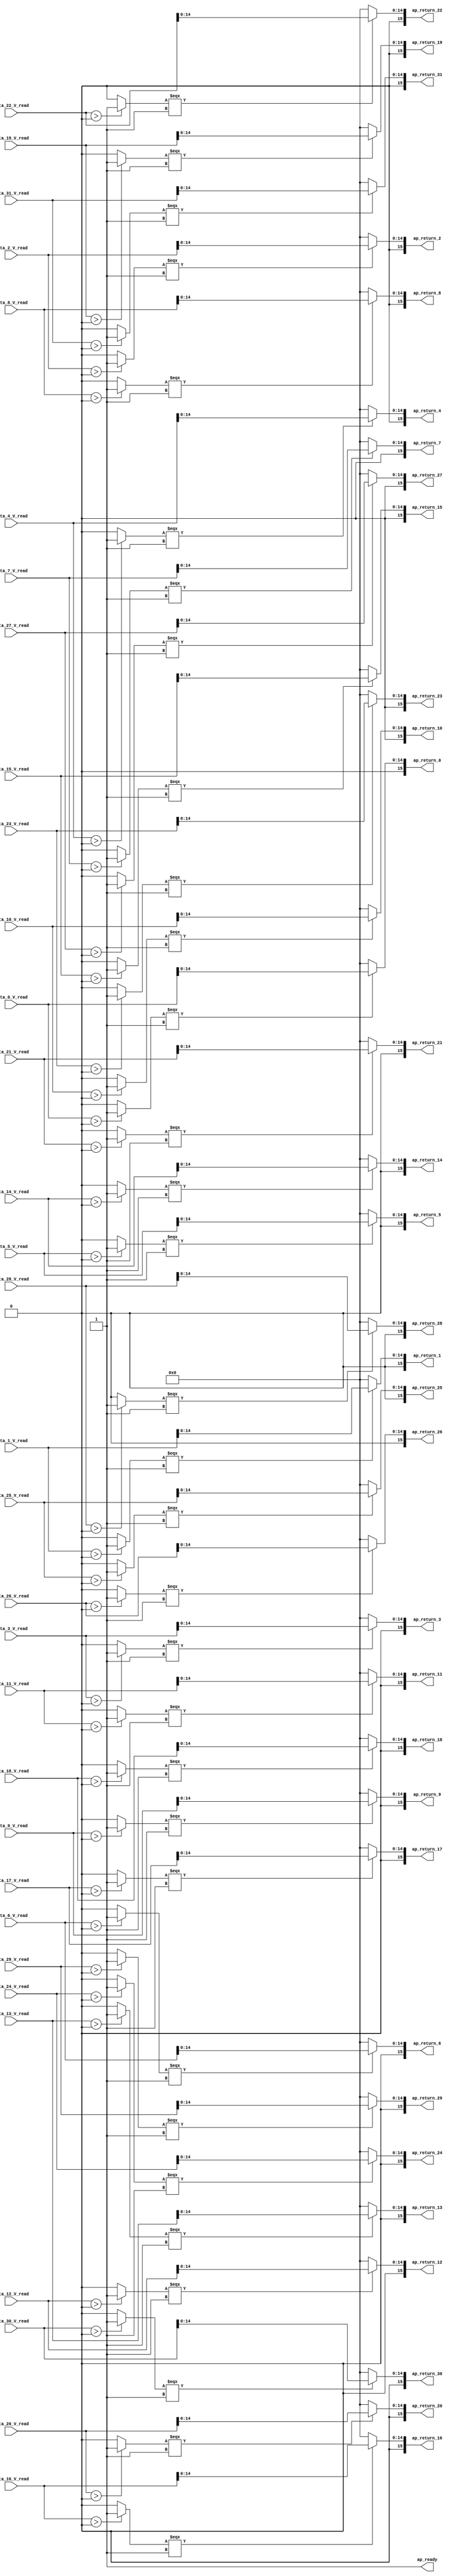
// ==============================================================
// RTL generated by Vivado(TM) HLS - High-Level Synthesis from C, C++ and OpenCL
// Version: 2019.2
// Copyright (C) 1986-2019 Xilinx, Inc. All Rights Reserved.
// 
// ===========================================================

`timescale 1 ns / 1 ps 

module relu_ap_fixed_ap_fixed_16_6_5_3_0_relu_config10_s (
        ap_ready,
        data_0_V_read,
        data_1_V_read,
        data_2_V_read,
        data_3_V_read,
        data_4_V_read,
        data_5_V_read,
        data_6_V_read,
        data_7_V_read,
        data_8_V_read,
        data_9_V_read,
        data_10_V_read,
        data_11_V_read,
        data_12_V_read,
        data_13_V_read,
        data_14_V_read,
        data_15_V_read,
        data_16_V_read,
        data_17_V_read,
        data_18_V_read,
        data_19_V_read,
        data_20_V_read,
        data_21_V_read,
        data_22_V_read,
        data_23_V_read,
        data_24_V_read,
        data_25_V_read,
        data_26_V_read,
        data_27_V_read,
        data_28_V_read,
        data_29_V_read,
        data_30_V_read,
        data_31_V_read,
        ap_return_0,
        ap_return_1,
        ap_return_2,
        ap_return_3,
        ap_return_4,
        ap_return_5,
        ap_return_6,
        ap_return_7,
        ap_return_8,
        ap_return_9,
        ap_return_10,
        ap_return_11,
        ap_return_12,
        ap_return_13,
        ap_return_14,
        ap_return_15,
        ap_return_16,
        ap_return_17,
        ap_return_18,
        ap_return_19,
        ap_return_20,
        ap_return_21,
        ap_return_22,
        ap_return_23,
        ap_return_24,
        ap_return_25,
        ap_return_26,
        ap_return_27,
        ap_return_28,
        ap_return_29,
        ap_return_30,
        ap_return_31
);


output   ap_ready;
input  [15:0] data_0_V_read;
input  [15:0] data_1_V_read;
input  [15:0] data_2_V_read;
input  [15:0] data_3_V_read;
input  [15:0] data_4_V_read;
input  [15:0] data_5_V_read;
input  [15:0] data_6_V_read;
input  [15:0] data_7_V_read;
input  [15:0] data_8_V_read;
input  [15:0] data_9_V_read;
input  [15:0] data_10_V_read;
input  [15:0] data_11_V_read;
input  [15:0] data_12_V_read;
input  [15:0] data_13_V_read;
input  [15:0] data_14_V_read;
input  [15:0] data_15_V_read;
input  [15:0] data_16_V_read;
input  [15:0] data_17_V_read;
input  [15:0] data_18_V_read;
input  [15:0] data_19_V_read;
input  [15:0] data_20_V_read;
input  [15:0] data_21_V_read;
input  [15:0] data_22_V_read;
input  [15:0] data_23_V_read;
input  [15:0] data_24_V_read;
input  [15:0] data_25_V_read;
input  [15:0] data_26_V_read;
input  [15:0] data_27_V_read;
input  [15:0] data_28_V_read;
input  [15:0] data_29_V_read;
input  [15:0] data_30_V_read;
input  [15:0] data_31_V_read;
output  [15:0] ap_return_0;
output  [15:0] ap_return_1;
output  [15:0] ap_return_2;
output  [15:0] ap_return_3;
output  [15:0] ap_return_4;
output  [15:0] ap_return_5;
output  [15:0] ap_return_6;
output  [15:0] ap_return_7;
output  [15:0] ap_return_8;
output  [15:0] ap_return_9;
output  [15:0] ap_return_10;
output  [15:0] ap_return_11;
output  [15:0] ap_return_12;
output  [15:0] ap_return_13;
output  [15:0] ap_return_14;
output  [15:0] ap_return_15;
output  [15:0] ap_return_16;
output  [15:0] ap_return_17;
output  [15:0] ap_return_18;
output  [15:0] ap_return_19;
output  [15:0] ap_return_20;
output  [15:0] ap_return_21;
output  [15:0] ap_return_22;
output  [15:0] ap_return_23;
output  [15:0] ap_return_24;
output  [15:0] ap_return_25;
output  [15:0] ap_return_26;
output  [15:0] ap_return_27;
output  [15:0] ap_return_28;
output  [15:0] ap_return_29;
output  [15:0] ap_return_30;
output  [15:0] ap_return_31;

wire   [0:0] icmp_ln1494_fu_280_p2;
wire   [14:0] trunc_ln81_fu_286_p1;
wire   [14:0] select_ln81_fu_290_p3;
wire   [0:0] icmp_ln1494_1_fu_302_p2;
wire   [14:0] trunc_ln81_95_fu_308_p1;
wire   [14:0] select_ln81_95_fu_312_p3;
wire   [0:0] icmp_ln1494_2_fu_324_p2;
wire   [14:0] trunc_ln81_96_fu_330_p1;
wire   [14:0] select_ln81_96_fu_334_p3;
wire   [0:0] icmp_ln1494_3_fu_346_p2;
wire   [14:0] trunc_ln81_97_fu_352_p1;
wire   [14:0] select_ln81_97_fu_356_p3;
wire   [0:0] icmp_ln1494_4_fu_368_p2;
wire   [14:0] trunc_ln81_98_fu_374_p1;
wire   [14:0] select_ln81_98_fu_378_p3;
wire   [0:0] icmp_ln1494_5_fu_390_p2;
wire   [14:0] trunc_ln81_99_fu_396_p1;
wire   [14:0] select_ln81_99_fu_400_p3;
wire   [0:0] icmp_ln1494_6_fu_412_p2;
wire   [14:0] trunc_ln81_100_fu_418_p1;
wire   [14:0] select_ln81_100_fu_422_p3;
wire   [0:0] icmp_ln1494_7_fu_434_p2;
wire   [14:0] trunc_ln81_101_fu_440_p1;
wire   [14:0] select_ln81_101_fu_444_p3;
wire   [0:0] icmp_ln1494_8_fu_456_p2;
wire   [14:0] trunc_ln81_102_fu_462_p1;
wire   [14:0] select_ln81_102_fu_466_p3;
wire   [0:0] icmp_ln1494_9_fu_478_p2;
wire   [14:0] trunc_ln81_103_fu_484_p1;
wire   [14:0] select_ln81_103_fu_488_p3;
wire   [0:0] icmp_ln1494_10_fu_500_p2;
wire   [14:0] trunc_ln81_104_fu_506_p1;
wire   [14:0] select_ln81_104_fu_510_p3;
wire   [0:0] icmp_ln1494_11_fu_522_p2;
wire   [14:0] trunc_ln81_105_fu_528_p1;
wire   [14:0] select_ln81_105_fu_532_p3;
wire   [0:0] icmp_ln1494_12_fu_544_p2;
wire   [14:0] trunc_ln81_106_fu_550_p1;
wire   [14:0] select_ln81_106_fu_554_p3;
wire   [0:0] icmp_ln1494_13_fu_566_p2;
wire   [14:0] trunc_ln81_107_fu_572_p1;
wire   [14:0] select_ln81_107_fu_576_p3;
wire   [0:0] icmp_ln1494_14_fu_588_p2;
wire   [14:0] trunc_ln81_108_fu_594_p1;
wire   [14:0] select_ln81_108_fu_598_p3;
wire   [0:0] icmp_ln1494_15_fu_610_p2;
wire   [14:0] trunc_ln81_109_fu_616_p1;
wire   [14:0] select_ln81_109_fu_620_p3;
wire   [0:0] icmp_ln1494_16_fu_632_p2;
wire   [14:0] trunc_ln81_110_fu_638_p1;
wire   [14:0] select_ln81_110_fu_642_p3;
wire   [0:0] icmp_ln1494_17_fu_654_p2;
wire   [14:0] trunc_ln81_111_fu_660_p1;
wire   [14:0] select_ln81_111_fu_664_p3;
wire   [0:0] icmp_ln1494_18_fu_676_p2;
wire   [14:0] trunc_ln81_112_fu_682_p1;
wire   [14:0] select_ln81_112_fu_686_p3;
wire   [0:0] icmp_ln1494_19_fu_698_p2;
wire   [14:0] trunc_ln81_113_fu_704_p1;
wire   [14:0] select_ln81_113_fu_708_p3;
wire   [0:0] icmp_ln1494_20_fu_720_p2;
wire   [14:0] trunc_ln81_114_fu_726_p1;
wire   [14:0] select_ln81_114_fu_730_p3;
wire   [0:0] icmp_ln1494_21_fu_742_p2;
wire   [14:0] trunc_ln81_115_fu_748_p1;
wire   [14:0] select_ln81_115_fu_752_p3;
wire   [0:0] icmp_ln1494_22_fu_764_p2;
wire   [14:0] trunc_ln81_116_fu_770_p1;
wire   [14:0] select_ln81_116_fu_774_p3;
wire   [0:0] icmp_ln1494_23_fu_786_p2;
wire   [14:0] trunc_ln81_117_fu_792_p1;
wire   [14:0] select_ln81_117_fu_796_p3;
wire   [0:0] icmp_ln1494_24_fu_808_p2;
wire   [14:0] trunc_ln81_118_fu_814_p1;
wire   [14:0] select_ln81_118_fu_818_p3;
wire   [0:0] icmp_ln1494_25_fu_830_p2;
wire   [14:0] trunc_ln81_119_fu_836_p1;
wire   [14:0] select_ln81_119_fu_840_p3;
wire   [0:0] icmp_ln1494_26_fu_852_p2;
wire   [14:0] trunc_ln81_120_fu_858_p1;
wire   [14:0] select_ln81_120_fu_862_p3;
wire   [0:0] icmp_ln1494_27_fu_874_p2;
wire   [14:0] trunc_ln81_121_fu_880_p1;
wire   [14:0] select_ln81_121_fu_884_p3;
wire   [0:0] icmp_ln1494_28_fu_896_p2;
wire   [14:0] trunc_ln81_122_fu_902_p1;
wire   [14:0] select_ln81_122_fu_906_p3;
wire   [0:0] icmp_ln1494_29_fu_918_p2;
wire   [14:0] trunc_ln81_123_fu_924_p1;
wire   [14:0] select_ln81_123_fu_928_p3;
wire   [0:0] icmp_ln1494_30_fu_940_p2;
wire   [14:0] trunc_ln81_124_fu_946_p1;
wire   [14:0] select_ln81_124_fu_950_p3;
wire   [0:0] icmp_ln1494_31_fu_962_p2;
wire   [14:0] trunc_ln81_125_fu_968_p1;
wire   [14:0] select_ln81_125_fu_972_p3;
wire   [15:0] zext_ln81_fu_298_p1;
wire   [15:0] zext_ln81_95_fu_320_p1;
wire   [15:0] zext_ln81_96_fu_342_p1;
wire   [15:0] zext_ln81_97_fu_364_p1;
wire   [15:0] zext_ln81_98_fu_386_p1;
wire   [15:0] zext_ln81_99_fu_408_p1;
wire   [15:0] zext_ln81_100_fu_430_p1;
wire   [15:0] zext_ln81_101_fu_452_p1;
wire   [15:0] zext_ln81_102_fu_474_p1;
wire   [15:0] zext_ln81_103_fu_496_p1;
wire   [15:0] zext_ln81_104_fu_518_p1;
wire   [15:0] zext_ln81_105_fu_540_p1;
wire   [15:0] zext_ln81_106_fu_562_p1;
wire   [15:0] zext_ln81_107_fu_584_p1;
wire   [15:0] zext_ln81_108_fu_606_p1;
wire   [15:0] zext_ln81_109_fu_628_p1;
wire   [15:0] zext_ln81_110_fu_650_p1;
wire   [15:0] zext_ln81_111_fu_672_p1;
wire   [15:0] zext_ln81_112_fu_694_p1;
wire   [15:0] zext_ln81_113_fu_716_p1;
wire   [15:0] zext_ln81_114_fu_738_p1;
wire   [15:0] zext_ln81_115_fu_760_p1;
wire   [15:0] zext_ln81_116_fu_782_p1;
wire   [15:0] zext_ln81_117_fu_804_p1;
wire   [15:0] zext_ln81_118_fu_826_p1;
wire   [15:0] zext_ln81_119_fu_848_p1;
wire   [15:0] zext_ln81_120_fu_870_p1;
wire   [15:0] zext_ln81_121_fu_892_p1;
wire   [15:0] zext_ln81_122_fu_914_p1;
wire   [15:0] zext_ln81_123_fu_936_p1;
wire   [15:0] zext_ln81_124_fu_958_p1;
wire   [15:0] zext_ln81_125_fu_980_p1;

assign ap_ready = 1'b1;

assign ap_return_0 = zext_ln81_fu_298_p1;

assign ap_return_1 = zext_ln81_95_fu_320_p1;

assign ap_return_10 = zext_ln81_104_fu_518_p1;

assign ap_return_11 = zext_ln81_105_fu_540_p1;

assign ap_return_12 = zext_ln81_106_fu_562_p1;

assign ap_return_13 = zext_ln81_107_fu_584_p1;

assign ap_return_14 = zext_ln81_108_fu_606_p1;

assign ap_return_15 = zext_ln81_109_fu_628_p1;

assign ap_return_16 = zext_ln81_110_fu_650_p1;

assign ap_return_17 = zext_ln81_111_fu_672_p1;

assign ap_return_18 = zext_ln81_112_fu_694_p1;

assign ap_return_19 = zext_ln81_113_fu_716_p1;

assign ap_return_2 = zext_ln81_96_fu_342_p1;

assign ap_return_20 = zext_ln81_114_fu_738_p1;

assign ap_return_21 = zext_ln81_115_fu_760_p1;

assign ap_return_22 = zext_ln81_116_fu_782_p1;

assign ap_return_23 = zext_ln81_117_fu_804_p1;

assign ap_return_24 = zext_ln81_118_fu_826_p1;

assign ap_return_25 = zext_ln81_119_fu_848_p1;

assign ap_return_26 = zext_ln81_120_fu_870_p1;

assign ap_return_27 = zext_ln81_121_fu_892_p1;

assign ap_return_28 = zext_ln81_122_fu_914_p1;

assign ap_return_29 = zext_ln81_123_fu_936_p1;

assign ap_return_3 = zext_ln81_97_fu_364_p1;

assign ap_return_30 = zext_ln81_124_fu_958_p1;

assign ap_return_31 = zext_ln81_125_fu_980_p1;

assign ap_return_4 = zext_ln81_98_fu_386_p1;

assign ap_return_5 = zext_ln81_99_fu_408_p1;

assign ap_return_6 = zext_ln81_100_fu_430_p1;

assign ap_return_7 = zext_ln81_101_fu_452_p1;

assign ap_return_8 = zext_ln81_102_fu_474_p1;

assign ap_return_9 = zext_ln81_103_fu_496_p1;

assign icmp_ln1494_10_fu_500_p2 = (($signed(data_10_V_read) > $signed(16'd0)) ? 1'b1 : 1'b0);

assign icmp_ln1494_11_fu_522_p2 = (($signed(data_11_V_read) > $signed(16'd0)) ? 1'b1 : 1'b0);

assign icmp_ln1494_12_fu_544_p2 = (($signed(data_12_V_read) > $signed(16'd0)) ? 1'b1 : 1'b0);

assign icmp_ln1494_13_fu_566_p2 = (($signed(data_13_V_read) > $signed(16'd0)) ? 1'b1 : 1'b0);

assign icmp_ln1494_14_fu_588_p2 = (($signed(data_14_V_read) > $signed(16'd0)) ? 1'b1 : 1'b0);

assign icmp_ln1494_15_fu_610_p2 = (($signed(data_15_V_read) > $signed(16'd0)) ? 1'b1 : 1'b0);

assign icmp_ln1494_16_fu_632_p2 = (($signed(data_16_V_read) > $signed(16'd0)) ? 1'b1 : 1'b0);

assign icmp_ln1494_17_fu_654_p2 = (($signed(data_17_V_read) > $signed(16'd0)) ? 1'b1 : 1'b0);

assign icmp_ln1494_18_fu_676_p2 = (($signed(data_18_V_read) > $signed(16'd0)) ? 1'b1 : 1'b0);

assign icmp_ln1494_19_fu_698_p2 = (($signed(data_19_V_read) > $signed(16'd0)) ? 1'b1 : 1'b0);

assign icmp_ln1494_1_fu_302_p2 = (($signed(data_1_V_read) > $signed(16'd0)) ? 1'b1 : 1'b0);

assign icmp_ln1494_20_fu_720_p2 = (($signed(data_20_V_read) > $signed(16'd0)) ? 1'b1 : 1'b0);

assign icmp_ln1494_21_fu_742_p2 = (($signed(data_21_V_read) > $signed(16'd0)) ? 1'b1 : 1'b0);

assign icmp_ln1494_22_fu_764_p2 = (($signed(data_22_V_read) > $signed(16'd0)) ? 1'b1 : 1'b0);

assign icmp_ln1494_23_fu_786_p2 = (($signed(data_23_V_read) > $signed(16'd0)) ? 1'b1 : 1'b0);

assign icmp_ln1494_24_fu_808_p2 = (($signed(data_24_V_read) > $signed(16'd0)) ? 1'b1 : 1'b0);

assign icmp_ln1494_25_fu_830_p2 = (($signed(data_25_V_read) > $signed(16'd0)) ? 1'b1 : 1'b0);

assign icmp_ln1494_26_fu_852_p2 = (($signed(data_26_V_read) > $signed(16'd0)) ? 1'b1 : 1'b0);

assign icmp_ln1494_27_fu_874_p2 = (($signed(data_27_V_read) > $signed(16'd0)) ? 1'b1 : 1'b0);

assign icmp_ln1494_28_fu_896_p2 = (($signed(data_28_V_read) > $signed(16'd0)) ? 1'b1 : 1'b0);

assign icmp_ln1494_29_fu_918_p2 = (($signed(data_29_V_read) > $signed(16'd0)) ? 1'b1 : 1'b0);

assign icmp_ln1494_2_fu_324_p2 = (($signed(data_2_V_read) > $signed(16'd0)) ? 1'b1 : 1'b0);

assign icmp_ln1494_30_fu_940_p2 = (($signed(data_30_V_read) > $signed(16'd0)) ? 1'b1 : 1'b0);

assign icmp_ln1494_31_fu_962_p2 = (($signed(data_31_V_read) > $signed(16'd0)) ? 1'b1 : 1'b0);

assign icmp_ln1494_3_fu_346_p2 = (($signed(data_3_V_read) > $signed(16'd0)) ? 1'b1 : 1'b0);

assign icmp_ln1494_4_fu_368_p2 = (($signed(data_4_V_read) > $signed(16'd0)) ? 1'b1 : 1'b0);

assign icmp_ln1494_5_fu_390_p2 = (($signed(data_5_V_read) > $signed(16'd0)) ? 1'b1 : 1'b0);

assign icmp_ln1494_6_fu_412_p2 = (($signed(data_6_V_read) > $signed(16'd0)) ? 1'b1 : 1'b0);

assign icmp_ln1494_7_fu_434_p2 = (($signed(data_7_V_read) > $signed(16'd0)) ? 1'b1 : 1'b0);

assign icmp_ln1494_8_fu_456_p2 = (($signed(data_8_V_read) > $signed(16'd0)) ? 1'b1 : 1'b0);

assign icmp_ln1494_9_fu_478_p2 = (($signed(data_9_V_read) > $signed(16'd0)) ? 1'b1 : 1'b0);

assign icmp_ln1494_fu_280_p2 = (($signed(data_0_V_read) > $signed(16'd0)) ? 1'b1 : 1'b0);

assign select_ln81_100_fu_422_p3 = ((icmp_ln1494_6_fu_412_p2[0:0] === 1'b1) ? trunc_ln81_100_fu_418_p1 : 15'd0);

assign select_ln81_101_fu_444_p3 = ((icmp_ln1494_7_fu_434_p2[0:0] === 1'b1) ? trunc_ln81_101_fu_440_p1 : 15'd0);

assign select_ln81_102_fu_466_p3 = ((icmp_ln1494_8_fu_456_p2[0:0] === 1'b1) ? trunc_ln81_102_fu_462_p1 : 15'd0);

assign select_ln81_103_fu_488_p3 = ((icmp_ln1494_9_fu_478_p2[0:0] === 1'b1) ? trunc_ln81_103_fu_484_p1 : 15'd0);

assign select_ln81_104_fu_510_p3 = ((icmp_ln1494_10_fu_500_p2[0:0] === 1'b1) ? trunc_ln81_104_fu_506_p1 : 15'd0);

assign select_ln81_105_fu_532_p3 = ((icmp_ln1494_11_fu_522_p2[0:0] === 1'b1) ? trunc_ln81_105_fu_528_p1 : 15'd0);

assign select_ln81_106_fu_554_p3 = ((icmp_ln1494_12_fu_544_p2[0:0] === 1'b1) ? trunc_ln81_106_fu_550_p1 : 15'd0);

assign select_ln81_107_fu_576_p3 = ((icmp_ln1494_13_fu_566_p2[0:0] === 1'b1) ? trunc_ln81_107_fu_572_p1 : 15'd0);

assign select_ln81_108_fu_598_p3 = ((icmp_ln1494_14_fu_588_p2[0:0] === 1'b1) ? trunc_ln81_108_fu_594_p1 : 15'd0);

assign select_ln81_109_fu_620_p3 = ((icmp_ln1494_15_fu_610_p2[0:0] === 1'b1) ? trunc_ln81_109_fu_616_p1 : 15'd0);

assign select_ln81_110_fu_642_p3 = ((icmp_ln1494_16_fu_632_p2[0:0] === 1'b1) ? trunc_ln81_110_fu_638_p1 : 15'd0);

assign select_ln81_111_fu_664_p3 = ((icmp_ln1494_17_fu_654_p2[0:0] === 1'b1) ? trunc_ln81_111_fu_660_p1 : 15'd0);

assign select_ln81_112_fu_686_p3 = ((icmp_ln1494_18_fu_676_p2[0:0] === 1'b1) ? trunc_ln81_112_fu_682_p1 : 15'd0);

assign select_ln81_113_fu_708_p3 = ((icmp_ln1494_19_fu_698_p2[0:0] === 1'b1) ? trunc_ln81_113_fu_704_p1 : 15'd0);

assign select_ln81_114_fu_730_p3 = ((icmp_ln1494_20_fu_720_p2[0:0] === 1'b1) ? trunc_ln81_114_fu_726_p1 : 15'd0);

assign select_ln81_115_fu_752_p3 = ((icmp_ln1494_21_fu_742_p2[0:0] === 1'b1) ? trunc_ln81_115_fu_748_p1 : 15'd0);

assign select_ln81_116_fu_774_p3 = ((icmp_ln1494_22_fu_764_p2[0:0] === 1'b1) ? trunc_ln81_116_fu_770_p1 : 15'd0);

assign select_ln81_117_fu_796_p3 = ((icmp_ln1494_23_fu_786_p2[0:0] === 1'b1) ? trunc_ln81_117_fu_792_p1 : 15'd0);

assign select_ln81_118_fu_818_p3 = ((icmp_ln1494_24_fu_808_p2[0:0] === 1'b1) ? trunc_ln81_118_fu_814_p1 : 15'd0);

assign select_ln81_119_fu_840_p3 = ((icmp_ln1494_25_fu_830_p2[0:0] === 1'b1) ? trunc_ln81_119_fu_836_p1 : 15'd0);

assign select_ln81_120_fu_862_p3 = ((icmp_ln1494_26_fu_852_p2[0:0] === 1'b1) ? trunc_ln81_120_fu_858_p1 : 15'd0);

assign select_ln81_121_fu_884_p3 = ((icmp_ln1494_27_fu_874_p2[0:0] === 1'b1) ? trunc_ln81_121_fu_880_p1 : 15'd0);

assign select_ln81_122_fu_906_p3 = ((icmp_ln1494_28_fu_896_p2[0:0] === 1'b1) ? trunc_ln81_122_fu_902_p1 : 15'd0);

assign select_ln81_123_fu_928_p3 = ((icmp_ln1494_29_fu_918_p2[0:0] === 1'b1) ? trunc_ln81_123_fu_924_p1 : 15'd0);

assign select_ln81_124_fu_950_p3 = ((icmp_ln1494_30_fu_940_p2[0:0] === 1'b1) ? trunc_ln81_124_fu_946_p1 : 15'd0);

assign select_ln81_125_fu_972_p3 = ((icmp_ln1494_31_fu_962_p2[0:0] === 1'b1) ? trunc_ln81_125_fu_968_p1 : 15'd0);

assign select_ln81_95_fu_312_p3 = ((icmp_ln1494_1_fu_302_p2[0:0] === 1'b1) ? trunc_ln81_95_fu_308_p1 : 15'd0);

assign select_ln81_96_fu_334_p3 = ((icmp_ln1494_2_fu_324_p2[0:0] === 1'b1) ? trunc_ln81_96_fu_330_p1 : 15'd0);

assign select_ln81_97_fu_356_p3 = ((icmp_ln1494_3_fu_346_p2[0:0] === 1'b1) ? trunc_ln81_97_fu_352_p1 : 15'd0);

assign select_ln81_98_fu_378_p3 = ((icmp_ln1494_4_fu_368_p2[0:0] === 1'b1) ? trunc_ln81_98_fu_374_p1 : 15'd0);

assign select_ln81_99_fu_400_p3 = ((icmp_ln1494_5_fu_390_p2[0:0] === 1'b1) ? trunc_ln81_99_fu_396_p1 : 15'd0);

assign select_ln81_fu_290_p3 = ((icmp_ln1494_fu_280_p2[0:0] === 1'b1) ? trunc_ln81_fu_286_p1 : 15'd0);

assign trunc_ln81_100_fu_418_p1 = data_6_V_read[14:0];

assign trunc_ln81_101_fu_440_p1 = data_7_V_read[14:0];

assign trunc_ln81_102_fu_462_p1 = data_8_V_read[14:0];

assign trunc_ln81_103_fu_484_p1 = data_9_V_read[14:0];

assign trunc_ln81_104_fu_506_p1 = data_10_V_read[14:0];

assign trunc_ln81_105_fu_528_p1 = data_11_V_read[14:0];

assign trunc_ln81_106_fu_550_p1 = data_12_V_read[14:0];

assign trunc_ln81_107_fu_572_p1 = data_13_V_read[14:0];

assign trunc_ln81_108_fu_594_p1 = data_14_V_read[14:0];

assign trunc_ln81_109_fu_616_p1 = data_15_V_read[14:0];

assign trunc_ln81_110_fu_638_p1 = data_16_V_read[14:0];

assign trunc_ln81_111_fu_660_p1 = data_17_V_read[14:0];

assign trunc_ln81_112_fu_682_p1 = data_18_V_read[14:0];

assign trunc_ln81_113_fu_704_p1 = data_19_V_read[14:0];

assign trunc_ln81_114_fu_726_p1 = data_20_V_read[14:0];

assign trunc_ln81_115_fu_748_p1 = data_21_V_read[14:0];

assign trunc_ln81_116_fu_770_p1 = data_22_V_read[14:0];

assign trunc_ln81_117_fu_792_p1 = data_23_V_read[14:0];

assign trunc_ln81_118_fu_814_p1 = data_24_V_read[14:0];

assign trunc_ln81_119_fu_836_p1 = data_25_V_read[14:0];

assign trunc_ln81_120_fu_858_p1 = data_26_V_read[14:0];

assign trunc_ln81_121_fu_880_p1 = data_27_V_read[14:0];

assign trunc_ln81_122_fu_902_p1 = data_28_V_read[14:0];

assign trunc_ln81_123_fu_924_p1 = data_29_V_read[14:0];

assign trunc_ln81_124_fu_946_p1 = data_30_V_read[14:0];

assign trunc_ln81_125_fu_968_p1 = data_31_V_read[14:0];

assign trunc_ln81_95_fu_308_p1 = data_1_V_read[14:0];

assign trunc_ln81_96_fu_330_p1 = data_2_V_read[14:0];

assign trunc_ln81_97_fu_352_p1 = data_3_V_read[14:0];

assign trunc_ln81_98_fu_374_p1 = data_4_V_read[14:0];

assign trunc_ln81_99_fu_396_p1 = data_5_V_read[14:0];

assign trunc_ln81_fu_286_p1 = data_0_V_read[14:0];

assign zext_ln81_100_fu_430_p1 = select_ln81_100_fu_422_p3;

assign zext_ln81_101_fu_452_p1 = select_ln81_101_fu_444_p3;

assign zext_ln81_102_fu_474_p1 = select_ln81_102_fu_466_p3;

assign zext_ln81_103_fu_496_p1 = select_ln81_103_fu_488_p3;

assign zext_ln81_104_fu_518_p1 = select_ln81_104_fu_510_p3;

assign zext_ln81_105_fu_540_p1 = select_ln81_105_fu_532_p3;

assign zext_ln81_106_fu_562_p1 = select_ln81_106_fu_554_p3;

assign zext_ln81_107_fu_584_p1 = select_ln81_107_fu_576_p3;

assign zext_ln81_108_fu_606_p1 = select_ln81_108_fu_598_p3;

assign zext_ln81_109_fu_628_p1 = select_ln81_109_fu_620_p3;

assign zext_ln81_110_fu_650_p1 = select_ln81_110_fu_642_p3;

assign zext_ln81_111_fu_672_p1 = select_ln81_111_fu_664_p3;

assign zext_ln81_112_fu_694_p1 = select_ln81_112_fu_686_p3;

assign zext_ln81_113_fu_716_p1 = select_ln81_113_fu_708_p3;

assign zext_ln81_114_fu_738_p1 = select_ln81_114_fu_730_p3;

assign zext_ln81_115_fu_760_p1 = select_ln81_115_fu_752_p3;

assign zext_ln81_116_fu_782_p1 = select_ln81_116_fu_774_p3;

assign zext_ln81_117_fu_804_p1 = select_ln81_117_fu_796_p3;

assign zext_ln81_118_fu_826_p1 = select_ln81_118_fu_818_p3;

assign zext_ln81_119_fu_848_p1 = select_ln81_119_fu_840_p3;

assign zext_ln81_120_fu_870_p1 = select_ln81_120_fu_862_p3;

assign zext_ln81_121_fu_892_p1 = select_ln81_121_fu_884_p3;

assign zext_ln81_122_fu_914_p1 = select_ln81_122_fu_906_p3;

assign zext_ln81_123_fu_936_p1 = select_ln81_123_fu_928_p3;

assign zext_ln81_124_fu_958_p1 = select_ln81_124_fu_950_p3;

assign zext_ln81_125_fu_980_p1 = select_ln81_125_fu_972_p3;

assign zext_ln81_95_fu_320_p1 = select_ln81_95_fu_312_p3;

assign zext_ln81_96_fu_342_p1 = select_ln81_96_fu_334_p3;

assign zext_ln81_97_fu_364_p1 = select_ln81_97_fu_356_p3;

assign zext_ln81_98_fu_386_p1 = select_ln81_98_fu_378_p3;

assign zext_ln81_99_fu_408_p1 = select_ln81_99_fu_400_p3;

assign zext_ln81_fu_298_p1 = select_ln81_fu_290_p3;

endmodule //relu_ap_fixed_ap_fixed_16_6_5_3_0_relu_config10_s